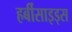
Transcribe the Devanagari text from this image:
हर्बीसाइड्स